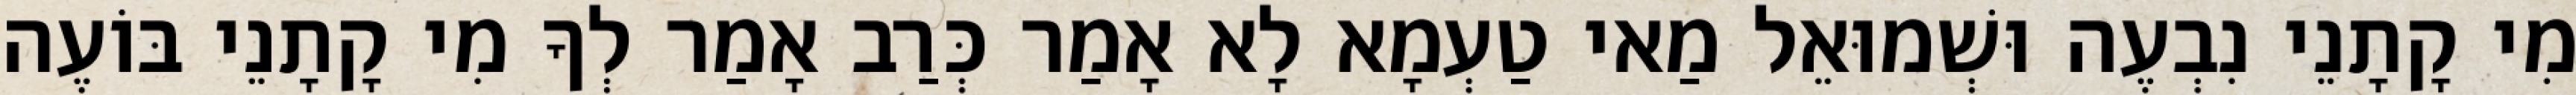
מִי קָתָנֵי נִבְעֶה וּשְׁמוּאֵל מַאי טַעְמָא לָא אָמַר כְּרַב אָמַר לְךָ מִי קָתָנֵי בּוֹעֶה